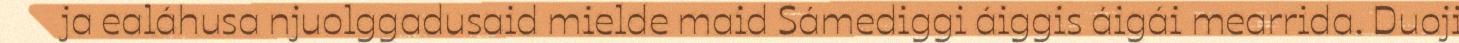
ja ealáhusa njuolggadusaid mielde maid Sámediggi áiggis áigái mearrida. Duoji